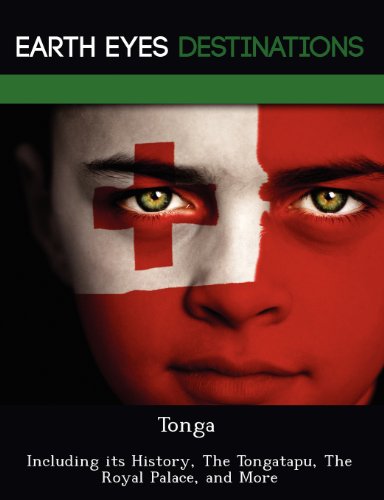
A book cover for Tonga: Including Its History, the Tongatapu, the Royal Palace, and More; Renee Browning; Travel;